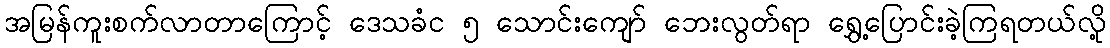
အမြန်ကူးစက်လာတာကြောင့် ဒေသခံင ၅ သောင်းကျော် ဘေးလွတ်ရာ ရွှေ့ပြောင်းခဲ့ကြရတယ်လို့